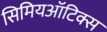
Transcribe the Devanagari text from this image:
सिमियऑटिक्स